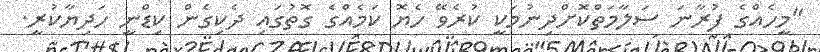
"މީހެއްގެ ފުރާނަ ސަލާމަތްކޮށްދިނުމަކީ ކުރެވޭ ހެޔޮ ކަމެއްގެ ގޮތުގައި ދެކިގެން ކިޑްނީ ހަދިޔާކުރީ.